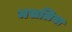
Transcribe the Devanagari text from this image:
मसलिया